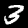
Digit: 3